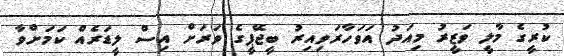
ކުރީގެ މާލީ ވަޒީރު މިއަދު އަވަހާރަވިއިރު ބީޖޭޕީގެ ވަރަށް އިސް ލީޑަރެއް ކަމަށްވާ